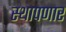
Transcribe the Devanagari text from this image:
स्थापणार